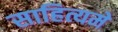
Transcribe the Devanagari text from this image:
साहित्यमे